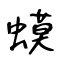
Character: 蟆